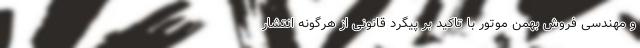
و مهندسی فروش بهمن موتور با تاکید بر پیگرد قانونی از هرگونه انتشار